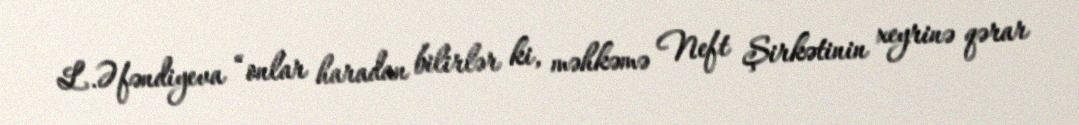
L.Əfəndiyeva “onlar haradan bilirlər ki, məhkəmə Neft Şirkətinin xeyrinə qərar